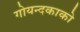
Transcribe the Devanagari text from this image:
गोयन्‍दकाको